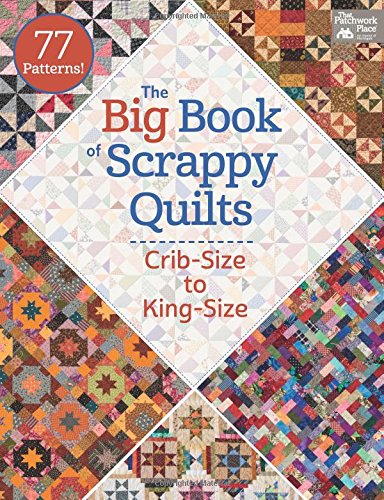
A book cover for The Big Book of Scrappy Quilts: Crib-size to King-size; That Patchwork Place; Crafts, Hobbies & Home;